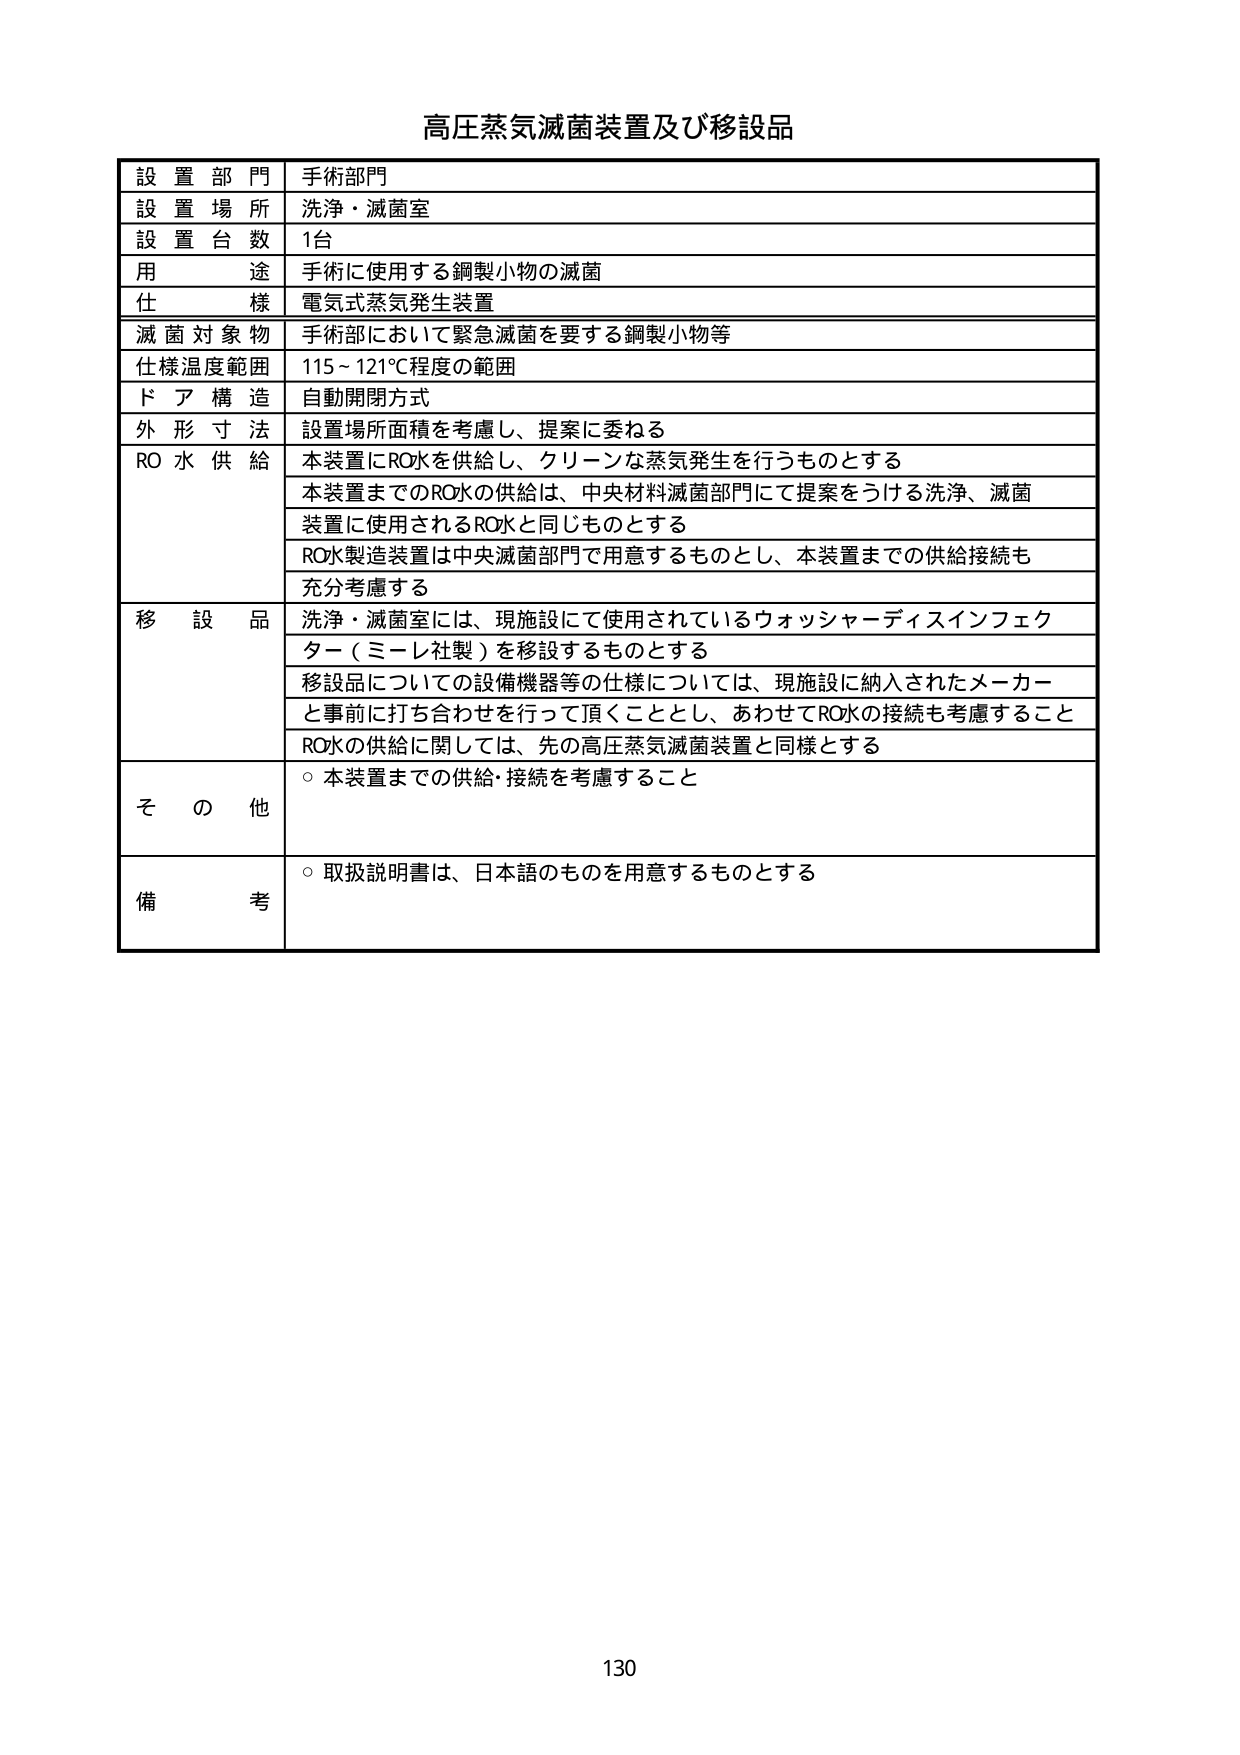
高圧蒸気滅菌装置及び移設品

設置部門 手術部門
設置場所 洗浄・滅菌室
設置台数 1台
用途 手術に使用する鋼製小物の滅菌
仕様 電気式蒸気発生装置
滅菌対象物 手術部において緊急滅菌を要する鋼製小物等
仕様温度範囲 115～121℃程度の範囲
ドア構造 自動開閉方式
外形寸法 設置場所面積を考慮し、提案に委ねる
RO水供給 本装置にRO水を供給し、クリーンな蒸気発生を行うものとする
本装置までのRO水の供給は、中央材料滅菌部門にて提案をうける洗浄、滅菌
装置に使用されるRO水と同じものとする
RO水製造装置は中央滅菌部門で用意するものとし、本装置までの供給接続も
充分考慮する
移設品 洗浄・滅菌室には、現施設にて使用されているウォッシャーディスインフェク
ター（ミーレ社製）を移設するものとする
移設品についての設備機器等の仕様については、現施設に納入されたメーカー
と事前に打ち合わせを行って頂くこととし、あわせてRO水の接続も考慮すること
RO水の供給に関しては、先の高圧蒸気滅菌装置と同様とする
その他 ○本装置までの供給・接続を考慮すること
備考 ○取扱説明書は、日本語のものを用意するものとする

130